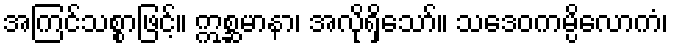
အကြင်သစ္စာဖြင့်။ ဣစ္ဆမာနာ၊ အလိုရှိသော်။ သဒေဝကမ္ပိလောကံ၊